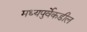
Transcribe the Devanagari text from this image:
मध्यपुर्वेकडील